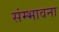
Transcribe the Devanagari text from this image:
संम्भावना